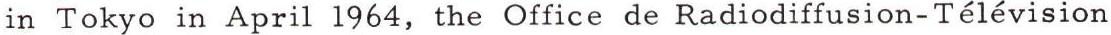
in Tokyo in April 1964, the Office de Radiodiffusion-Télévision